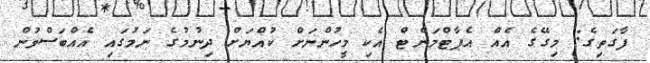
ފާގަތިގެ: މިގޭގެ އެއް އެޕާޓްމަންޓް އެކި މީހުންނަށް ކުއްޔަށް ދިނުމުގެ ނަމުގައި އެއްބަސްވުން